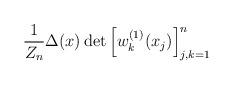
LaTeX: \begin{align*} \frac{1}{Z_n} \Delta(x) \det \left[ w_k^{(1)}(x_j) \right]_{j,k=1}^n \end{align*}